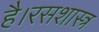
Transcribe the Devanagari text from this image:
है।रसशास्त्र